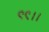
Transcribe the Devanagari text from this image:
९९।।